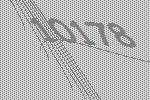
10178